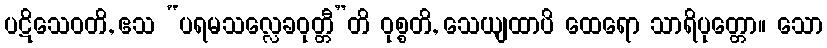
ပဋိသေဝတိ, ဧသ “ပရမသလ္လေခဝုတ္တီ”တိ ဝုစ္စတိ, သေယျထာပိ ထေရော သာရိပုတ္တော။ သော